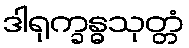
ဒါရုက္ခန္ဓသုတ္တံ